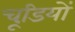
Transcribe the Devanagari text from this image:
चूडि़यों